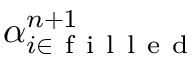
\alpha _ { i \in \mathrm { ~ f ~ i ~ l ~ l ~ e ~ d ~ } } ^ { n + 1 }